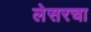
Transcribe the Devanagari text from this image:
लेसरचा